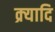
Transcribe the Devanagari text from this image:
क्र्यादि